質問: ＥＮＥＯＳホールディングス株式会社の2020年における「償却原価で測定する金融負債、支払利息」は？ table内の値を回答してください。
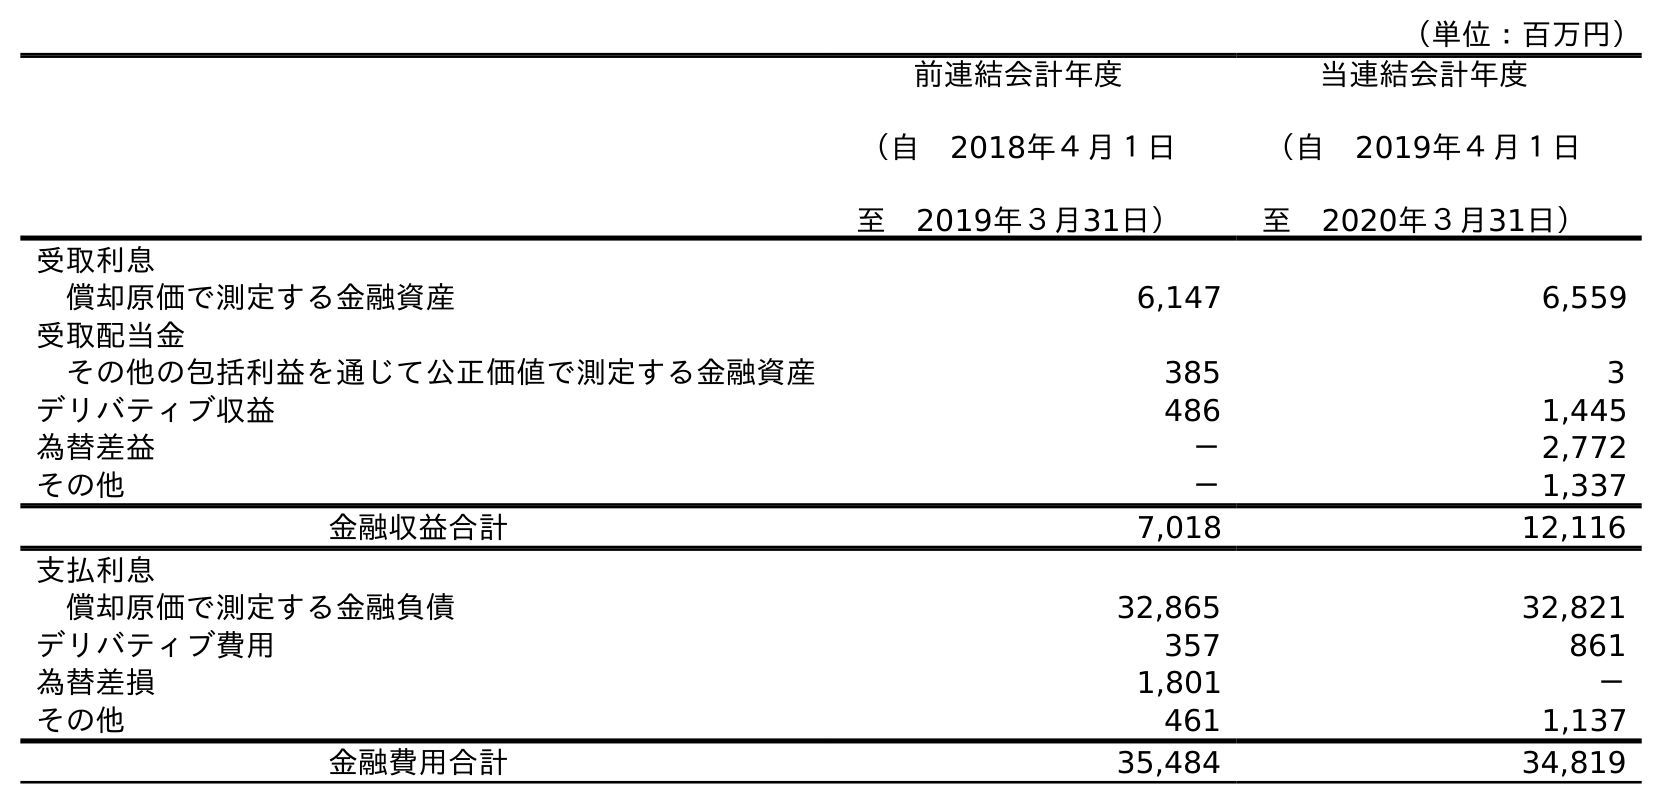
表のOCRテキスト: （単位：百万円） 前連結会計年度 （自 2018年４月１日 至 2019年３月31日） 当連結会計年度 （自 2019年４月１日 至 2020年３月31日） 受取利息 償却原価で測定する金融資産 6,147 6,559 受取配当金 その他の包括利益を通じて公正価値で測定する金融資産 385 3 デリバティブ収益 486 1,445 為替差益 － 2,772 その他 － 1,337 金融収益合計 7,018 12,116 支払利息 償却原価で測定する金融負債 32,865 32,821 デリバティブ費用 357 861 為替差損 1,801 － その他 461 1,137 金融費用合計 35,484 34,819
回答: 32,821